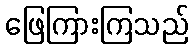
ဖြေကြားကြသည်